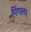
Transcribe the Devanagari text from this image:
पिंगल।